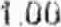
1.00